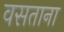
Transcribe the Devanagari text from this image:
वसताना